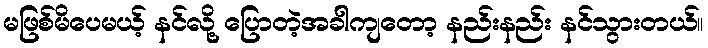
မဖြစ်မိပေမယ့် နင်လို့ ပြောတဲ့အခါကျတော့ နည်းနည်း နင်သွားတယ်။